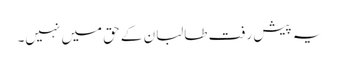
یہ پیش رفت طالبان کے حق میں نہیں۔